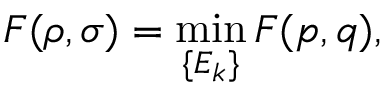
F ( \rho , \sigma ) = \operatorname* { m i n } _ { \{ E _ { k } \} } F ( { \boldsymbol { p } } , { \boldsymbol { q } } ) ,